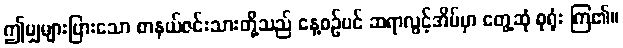
ဤမျှများပြားသော စာနယ်ဇင်းသားတို့သည် နေ့စဉ်ပင် ဆရာလွင့်အိမ်မှာ တွေ့ဆုံ စုရုံး ကြ၏။